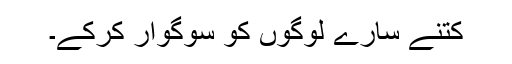
کتنے سارے لوگوں کو سوگوار کرکے۔